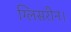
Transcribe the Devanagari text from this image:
ग्लिसरीन।